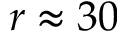
r \approx 3 0